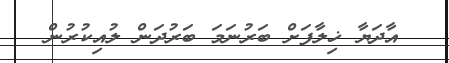
އާދަޔާ ޚިލާފަށް ބަރުނަމަ ބަރުދަން ލުއިކުރުން